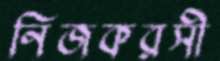
নিজকরসী